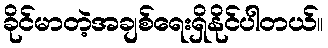
ခိုင်မာတဲ့အချစ်ရေးရှိနိုင်ပါတယ်။